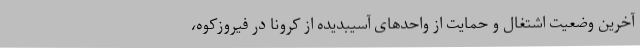
آخرین وضعیت اشتغال و حمایت از واحدهای آسیبدیده از کرونا در فیروزکوه،